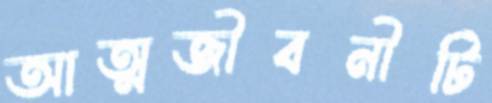
আত্মজীবনীটি